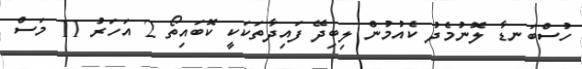
ހުސްބަނޑާ ލޮނުމެދު ކެއުމުން ލިބިދޭ ފައިދާތަކަކީ ކޮބައިތޯ 2 އަހަރު 11 މަސް